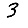
Digit: 3